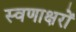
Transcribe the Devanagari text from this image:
स्वणाक्षरों